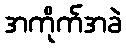
အကိုက်အခဲ